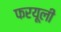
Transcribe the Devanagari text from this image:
फरयूली